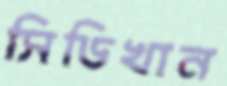
সিডিখান